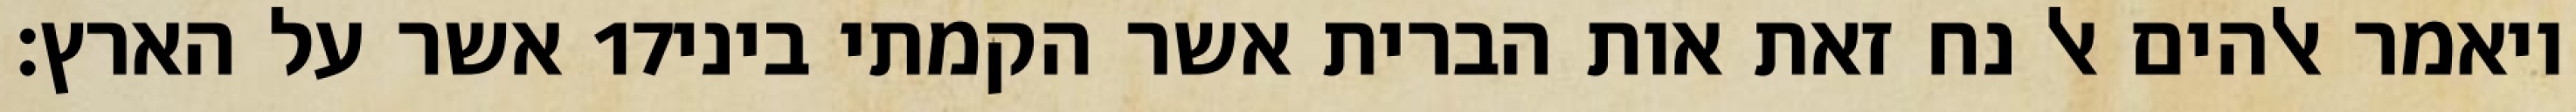
אשר על הארץ׃ ‎17‏ ויאמר אלהים אל נח זאת אות הברית אשר הקמתי ביני